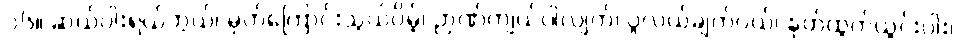
၁၆။ ဆယ်ပါးရယ်ဘွယ်၊ မှတ်ကြောင်းသွယ်ပိမ့်၊ ဉာဏ်ကျယ်ပါလျက်၊ ပွဲလယ်ချက်ဝယ်၊ နုတ်ထွက်ယွင်းပါး၊